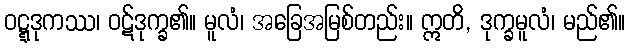
ဝဋ္ဋဒုကဿ၊ ဝဋ်ဒုက္ခ၏။ မူလံ၊ အခြေအမြစ်တည်း။ ဣတိ, ဒုက္ခမူလံ၊ မည်၏။